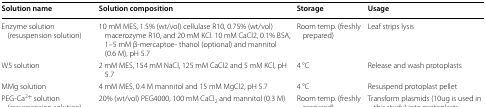
<table><thead><tr><td><b>Solution name</b></td><td><b>Solution composition</b></td><td><b>Storage</b></td><td><b>Usage</b></td></tr></thead><tbody><tr><td>Enzyme solution (resuspension solution)</td><td>10 mM MES, 1.5% (wt/vol) cellulase R10, 0.75% (wt/vol) macerozyme R10, and 20 mM KCl. 10 mM CaCl2, 0.1% BSA, 1–5 mM β-mercaptoe- thanol (optional) and mannitol (0.6 M), pH 5.7</td><td>Room temp. (freshly prepared)</td><td>Leaf strips lysis</td></tr><tr><td>W5 solution</td><td>2 mM MES, 154 mM NaCl, 125 mM CaCl2 and 5 mM KCl, pH 5.7</td><td>4 °C</td><td>Release and wash protoplasts</td></tr><tr><td>MMg solution</td><td>4 mM MES, 0.4 M mannitol and 15 mM MgCl2, pH 5.7</td><td>4 °C</td><td>Resuspend protoplast pellet</td></tr><tr><td>PEG-Ca<sup>2+</sup> solution (resuspension solution)</td><td>20% (wt/vol) PEG4000, 100 mM CaCl<sub>2</sub> and mannitol (0.3 M)</td><td>Room temp. (freshly prepared)</td><td>Transform plasmids (10ug is used in this study) into protoplasts</td></tr></tbody></table>